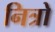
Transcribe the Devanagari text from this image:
नित्रो